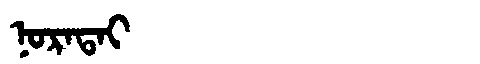
Manchu: ᠨᠣᡵᠠᡨᠠᡳ
Romanization: NORATAI